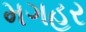
મગહર